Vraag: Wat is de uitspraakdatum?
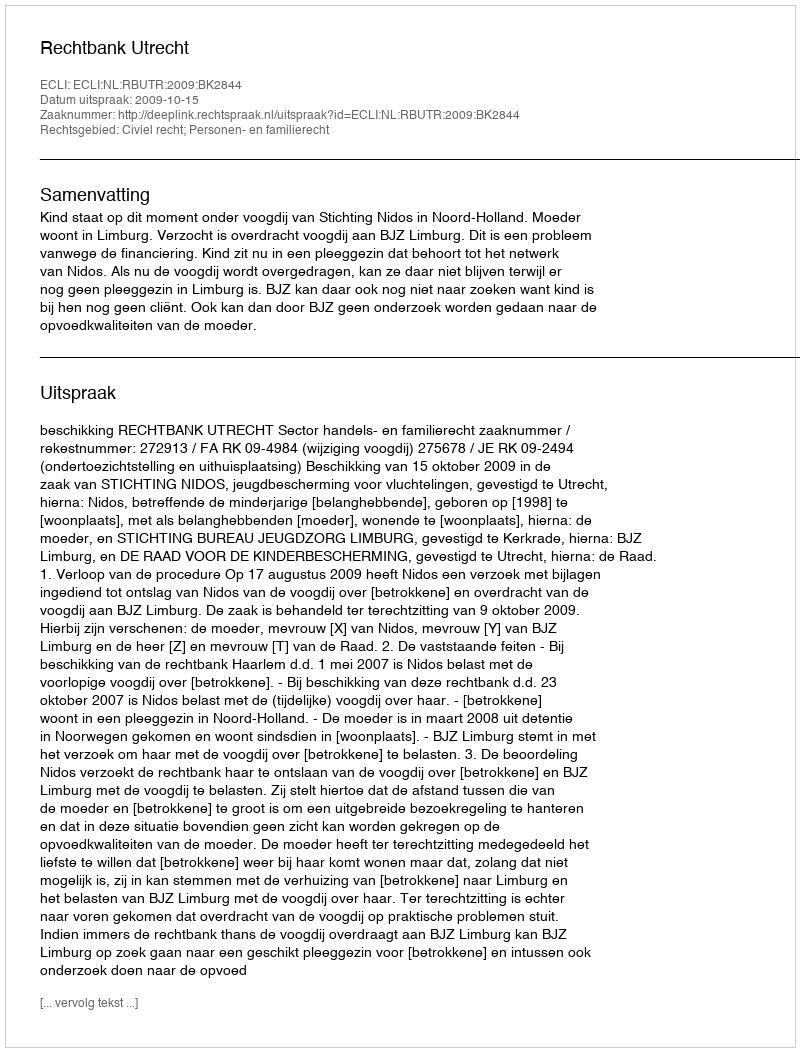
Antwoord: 2009-10-15